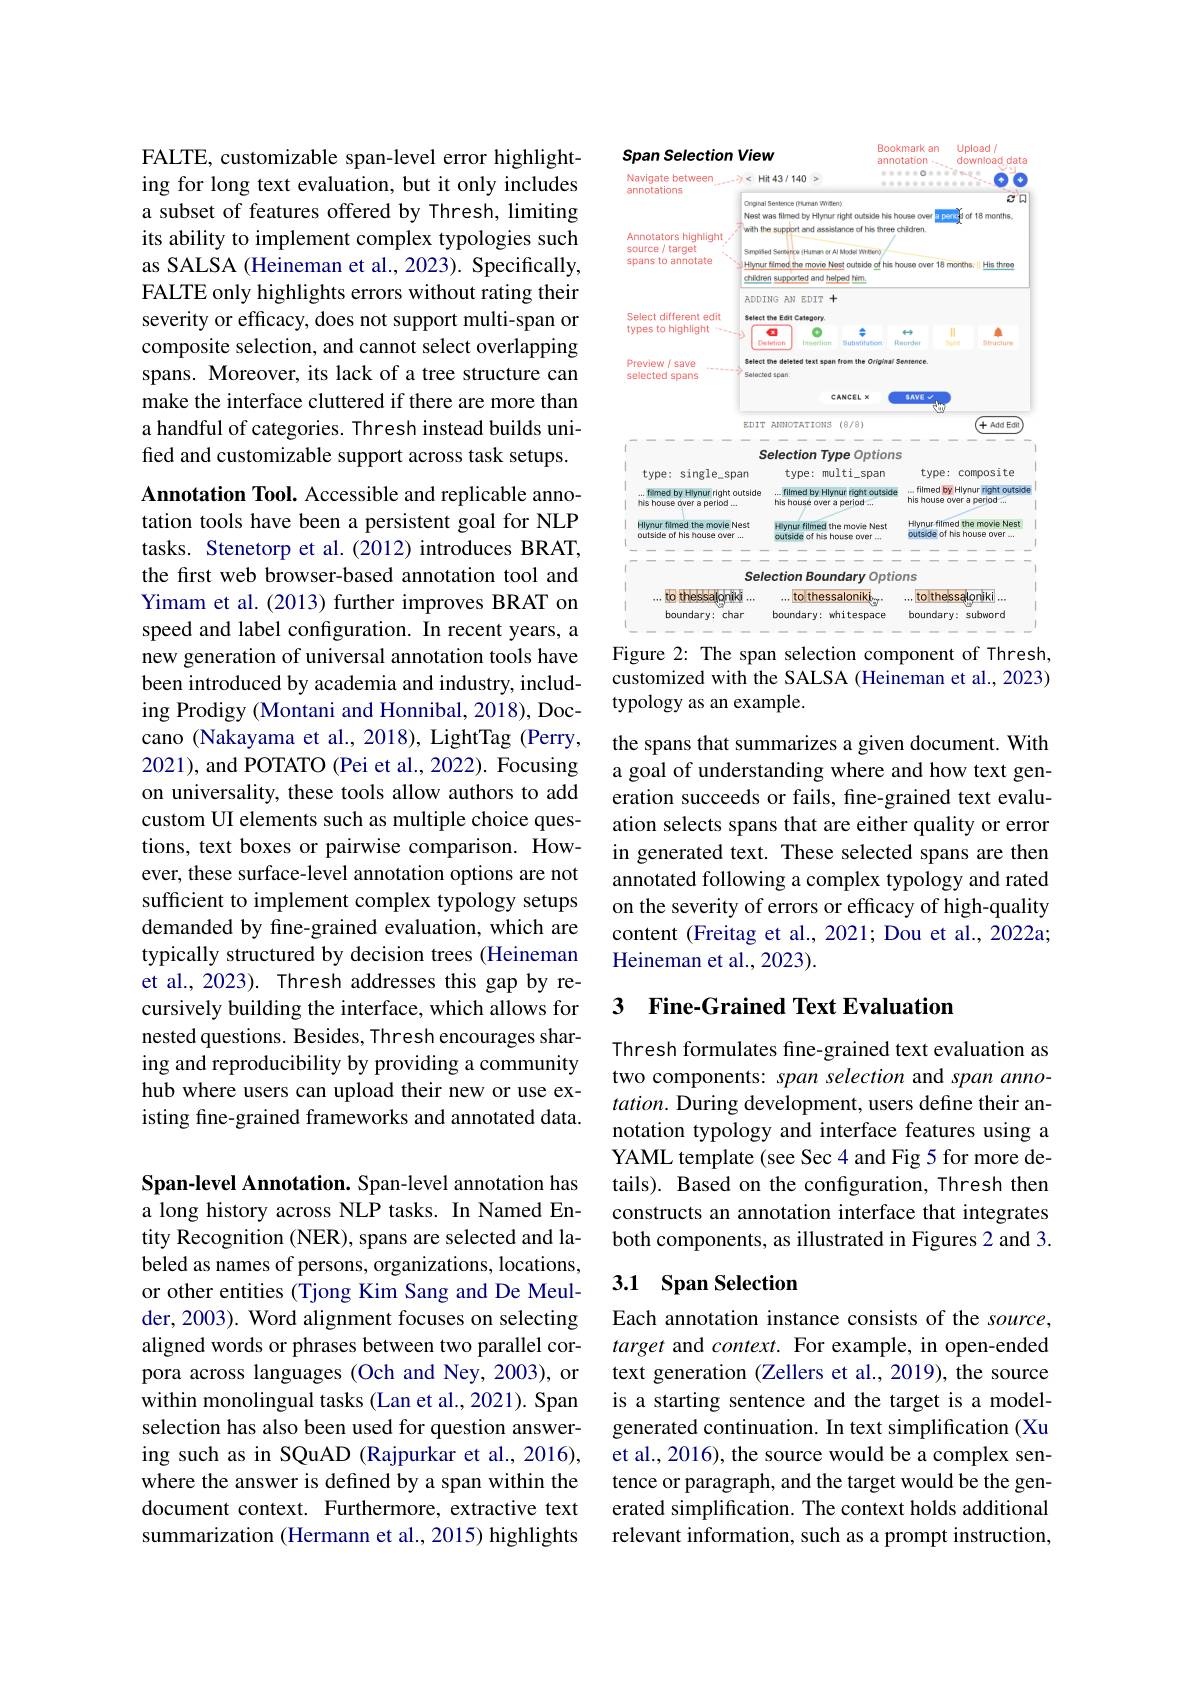
FALTE, customizable span-level error highlighting for long text evaluation, but it only includes a subset of features offered by Thresh, limiting its ability to implement complex typologies such as SALSA (Heineman et al., 2023). Specifically, FALTE only highlights errors without rating their severity or efficacy, does not support multi-span or composite selection, and cannot select overlapping spans. Moreover, its lack of a tree structure can make the interface cluttered if there are more than a handful of categories. Thresh instead builds unified and customizable support across task setups.

Annotation Tool. Accessible and replicable annotation tools have been a persistent goal for NLP tasks. Stenetorp et al.(2012) introduces BRAT, the first web browser-based annotation tool and Yimam et al. (2013) further improves BRAT on speed and label configuration. In recent years, a new generation of universal annotation tools have been introduced by academia and industry, including Prodigy (Montani and Honnibal, 2018), Doccano (Nakayama et al., 2018), LightTag (Perry, 2021), and POTATO (Pei et al., 2022). Focusing on universality, these tools allow authors to add custom UI elements such as multiple choice questions, text boxes or pairwise comparison. However, these surface-level annotation options are not sufficient to implement complex typology setups demanded by fine-grained evaluation, which are typically structured by decision trees (Heineman et al., 2023). Thresh addresses this gap by recursively building the interface, which allows for nested questions. Besides, Thresh encourages sharing and reproducibility by providing a community hub where users can upload their new or use existing fine-grained frameworks and annotated data. Span-level Annotation. Span-level annotation has a long history across NLP tasks. In Named Entity Recognition (NER), spans are selected and la-

beled as names of persons, organizations, locations, or other entities (Tjong Kim Sang and De Meulder, 2003). Word alignment focuses on selecting aligned words or phrases between two parallel corpora across languages (Och and Ney,2003), or within monolingual tasks (Lan et al., 2021). Span selection has also been used for question answering such as in SQuAD (Rajpurkar et al.,2016), where the answer is defined by a span within the document context. Furthermore, extractive text summarization (Hermann et al., 2015) highlights

<FigureHere>

Figure 2: The span selection component of Thresh, customized with the SALSA (Heineman et al., 2023) typology as an example.

the spans that summarizes a given document. With a goal of understanding where and how text generation succeeds or fails, fine-grained text evaluation selects spans that are either quality or error in generated text. These selected spans are then annotated following a complex typology and rated on the severity of errors or efficacy of high-quality content (Freitag et al., 2021; Dou et al., 2022a; Heineman et al., 2023).

### 3 Fine-Grained Text Evaluation

Thresh formulates fine-grained text evaluation as two components: span selection and span anno- $tation.$ During development, users define their annotation typology and interface features using a YAML template (see Sec 4 and Fig 5 for more details). Based on the configuration, Thresh then constructs an annotation interface that integrates both components, as illustrated in Figures 2 and 3.

## 3.1 Span Selection

Each annotation instance consists of the source, target and context. For example, in open-ended text generation (Zellers et al., 2019), the source is a starting sentence and the target is a modelgenerated continuation. In text simplification (Xu et al., 2016), the source would be a complex sentence or paragraph, and the target would be the generated simplification. The context holds additional relevant information, such as a prompt instruction,